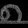
Digit: ၈